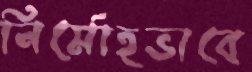
নির্মোহভাবে